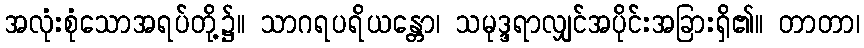
အလုံးစုံသောအရပ်တို့၌။ သာဂရပရိယန္တော၊ သမုဒ္ဒရာလျှင်အပိုင်းအခြားရှိ၏။ တာတာ၊